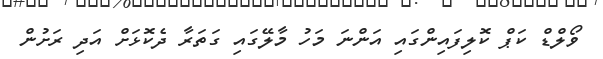
ވޯލްޑް ކަޕް ކޮލިފައިންގައި އަންނަ މަހު މާލޭގައި ގަތަރާ ދެކޮޅަށް އަދި ރަށުން